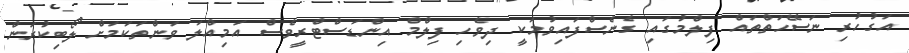
އަގުހުރި ނަސޭހަތްތައް ފިލްމުގައި ގެނެސްފައިވުމަކީ ދިވެހި ފިލްމް އިންޑަސްޓްރީވެސް އަމިއްލަ ވަންތަކަމަށް ލޯބިކުރަން